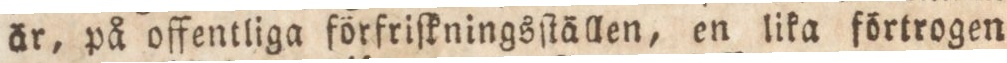
är, på offentliga förfriſkningsſtällen, en lika förtrogen